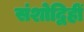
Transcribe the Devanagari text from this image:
संशोद्विहीं